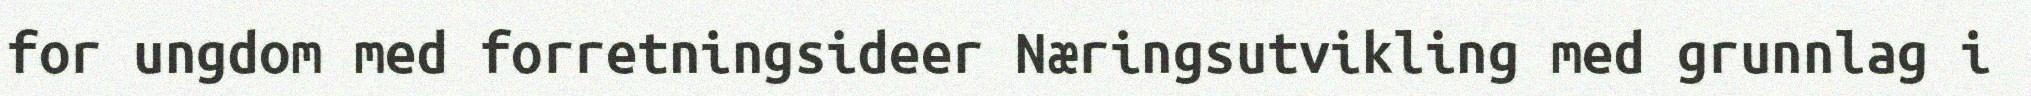
for ungdom med forretningsideer Næringsutvikling med grunnlag i